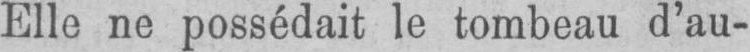
Elle ne possédait le tombeau d’au-